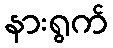
နားရွက်